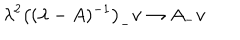
\lambda ^ { 2 } \left( ( \lambda - A ) ^ { - 1 } \right) _ { - } v \to A _ { - } v \,